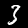
Digit: 3